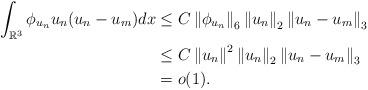
LaTeX: \begin{align*}\int_{\mathbb{R}^{3}}\phi_{u_{n}}u_{n}(u_{n}-u_{m})dx&\le C\left\|\phi_{u_{n}}\right\|_{6}\left\|u_{n}\right\|_{2}\left\|u_{n}-u_{m}\right\|_{3}\\&\le C \left\|u_{n}\right\|^{2}\left\|u_{n}\right\|_{2}\left\|u_{n}-u_{m}\right\|_{3}\\&=o(1).\end{align*}